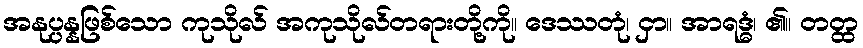
အနုပ္ပန္နဖြစ်သော ကုသိုလ် အကုသိုလ်တရားတို့ကို။ ဒေဿတုံ၊ ငှာ။ အာရဒ္ဓံ၊ ၏။ တတ္ထ